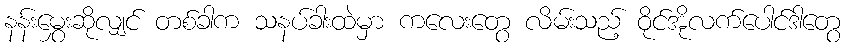
နန်းမွှေးဆိုလျှင် တစ်ခါက သနပ်ခါးထဲမှာ ကလေးတွေ လိမ်းသည့် ဝိုင်အိုလက်ပေါင်ဒါတွေ